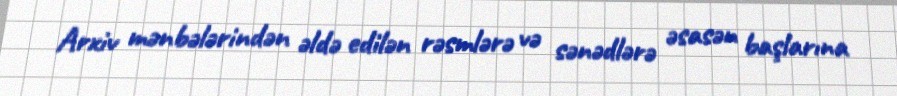
Arxiv mənbələrindən əldə edilən rəsmlərə və sənədlərə əsasən başlarına